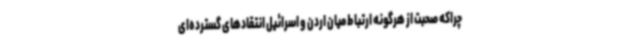
چراکه صحبت از هرگونه ارتباط میان اردن و اسرائیل انتقادهای گسترده‌ای